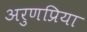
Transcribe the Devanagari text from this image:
अरुणप्रिया